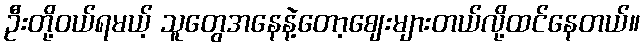
ဦးတို့ဝယ်ရမယ့် သူတွေအနေနဲ့တော့ဈေးများတယ်လို့ထင်နေတယ်။